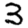
Digit: 3